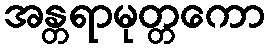
အန္တရာမုတ္တကော